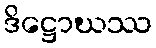
ဒိဋ္ဌောဃဿ